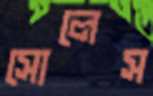
সোলেস